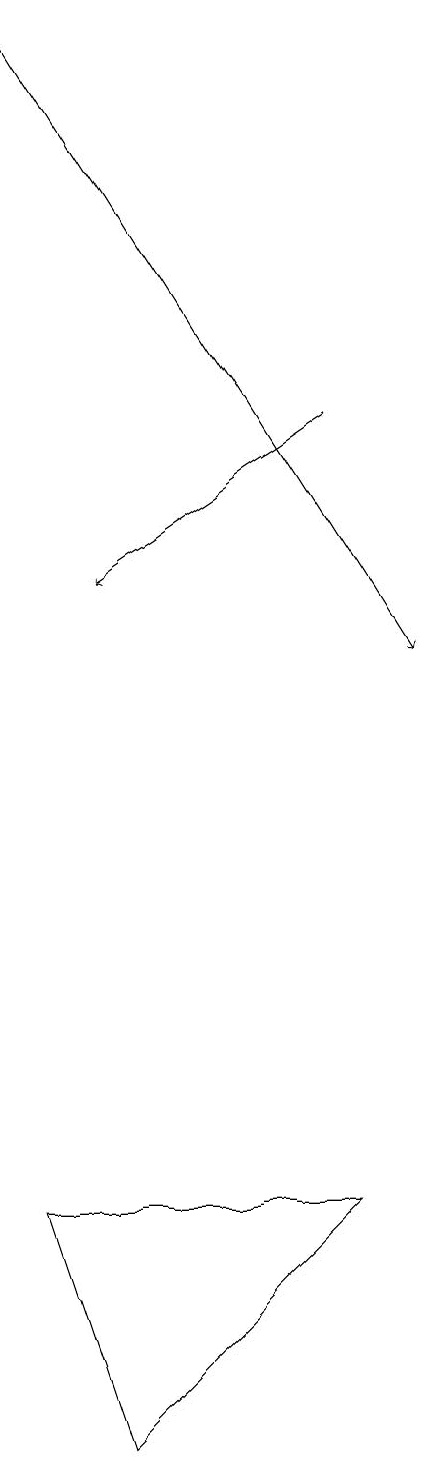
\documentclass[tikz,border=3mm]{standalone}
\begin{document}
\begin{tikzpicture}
\draw[->] (7,13) -- (4,11);
\draw (7,3) -- (4,0) -- (3,3) -- cycle;
\draw[->] (3,18) -- (8,10);
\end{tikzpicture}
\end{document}